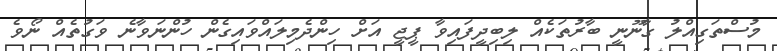
މުސްތަގިއްލު ގާނޫނީ ބާރުތަކެއް ލިބިދީފައިވާ ޕީޖީ އަށް ހިންދެމިލައްވައިގެން ހުންނަވާނެ ވަގުތެއް ނޯވެ